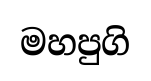
මහපුගි